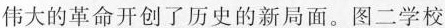
伟大的革命开创了历史的新局面。图二学校